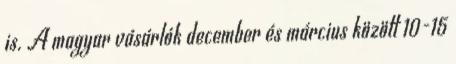
is. A magyar vásárlók december és március között 10-15